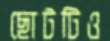
ছোটটিও